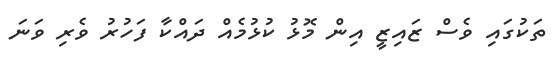
ތަކުގައި ވެސް ޒައިޒީ އިން މޮޅު ކުޅުމެއް ދައްކާ ފަހުރު ވެރި ވަނަ